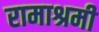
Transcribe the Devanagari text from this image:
रामाश्रमी